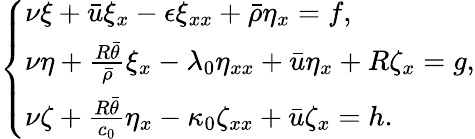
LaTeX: \left\{ \begin{array}{ll}{\nu\xi+\bar{u}\xi_{x}-\epsilon\xi_{xx}+\bar{\rho}\eta_{x}=f,}\\ {\nu\eta+\frac{R\bar{\theta}}{\bar{\rho}}\xi_{x}-\lambda_{0}\eta_{xx}+\bar{u}\eta_{x}+R\zeta_{x}=g,}\\ {\nu\zeta+\frac{R\bar{\theta}}{c_{0}}\eta_{x}-\kappa_{0}\zeta_{xx}+\bar{u}\zeta_{x}=h.}\end{array}\right.